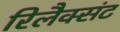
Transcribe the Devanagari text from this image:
रिलैक्संट